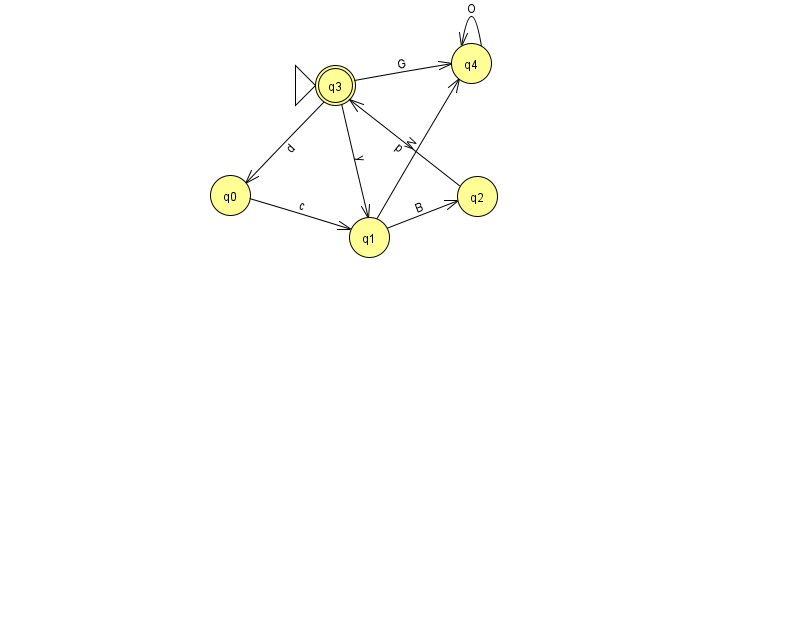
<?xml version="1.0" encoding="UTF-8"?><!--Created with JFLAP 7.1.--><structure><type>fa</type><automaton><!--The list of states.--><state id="0" name="q0"><x>230.0</x><y>182.0</y></state><state id="1" name="q1"><x>369.0</x><y>224.0</y></state><state id="2" name="q2"><x>477.0</x><y>183.0</y></state><state id="3" name="q3"><x>335.0</x><y>72.0</y><initial/><final/></state><state id="4" name="q4"><x>471.0</x><y>50.0</y></state><!--The list of transitions.--><transition><from>2</from><to>3</to><read>p</read></transition><transition><from>3</from><to>4</to><read>G</read></transition><transition><from>0</from><to>1</to><read>c</read></transition><transition><from>3</from><to>0</to><read>d</read></transition><transition><from>1</from><to>2</to><read>B</read></transition><transition><from>1</from><to>4</to><read>W</read></transition><transition><from>3</from><to>1</to><read>y</read></transition><transition><from>4</from><to>4</to><read>O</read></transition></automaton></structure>